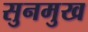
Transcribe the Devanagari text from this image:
सुनमुख